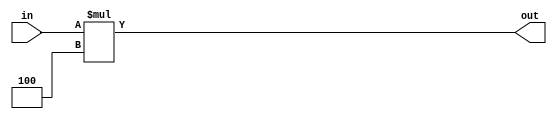
`timescale 1ns / 1ps
//////////////////////////////////////////////////////////////////////////////////
// 
// Design Name: shift 2 operator
// Module Name: shift2
// Project Name: project 2
// Target Devices: FPGA board 
// Description: left shift the input 2 bits
// 
// Dependencies: in
//////////////////////////////////////////////////////////////////////////////////


module shift2(in,out);
input [31:0] in;
output [31:0] out;

reg [31:0] out;

initial 
   out=32'b0;
always @(in)
  out=in*4;
endmodule